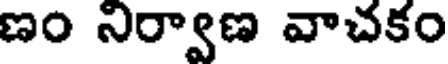
ణం నిర్వాణ వాచకం